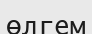
өлгем